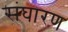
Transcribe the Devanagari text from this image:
संघारण